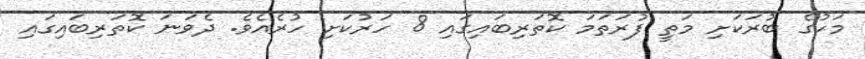
މަހުގެ ބުރަކަށި މަތީ ފުރަތަމަ ކޮތަރިބައިގައި 8 ހަރުކަށި ހުރެއެވެ. ދެވަނަ ކޮތަރިބައިގައި